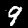
Label: 9